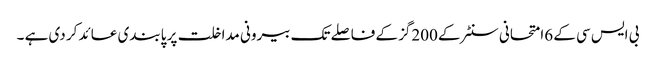
بی ایس سی کے 6امتحانی سنٹر کے 200گز کے فاصلے تک بیرونی مداخلت پر پابندی عائد کر دی ہے ۔